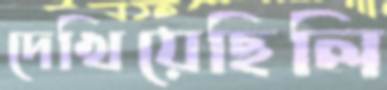
দেখিয়েছিলি